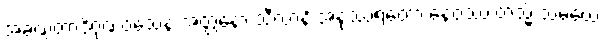
အခဏ္ဍတာဒိဂုဏဝသေန အတ္တနော သီလာနိ အနုဿရတော နေဝဿ တသ္မိံ သမယေ